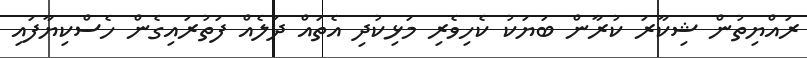
ރައްޔިތުން ޝިކާރަ ކުރާން ބަޔަކު ކެހިވެރި މަޅިކުދި އެތައް ދަލެއް ފަތުރައިގެން ހެސްކިޔާފައި